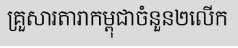
គ្រួសារតារាកម្ពុជាចំនួន២លើក